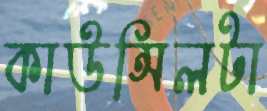
কাউন্সিলটা